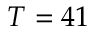
T = 4 1